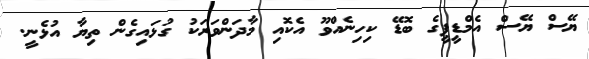
ޔޭސް ޔޭސް އެމްޑީޕީގެ ބޮޑޭ ކިހިނެއްވޫ އެކޮއި މާދަންވަރަކު ގުޅައިގެން ތިޔާ އުޅެނީ.